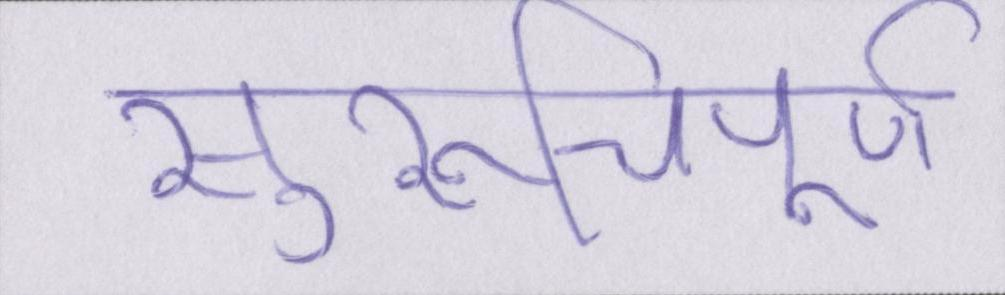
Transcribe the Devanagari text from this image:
सुरुचिपूर्ण